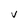
Character: V